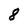
Character: 8